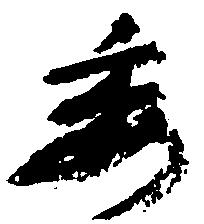
委